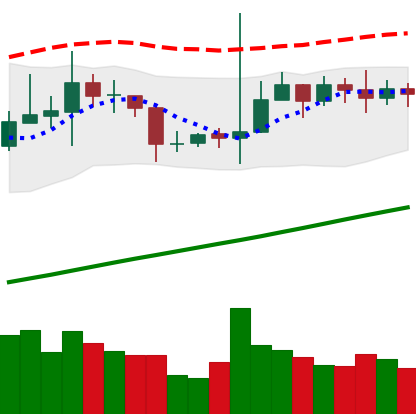
Ticker: TRX-USD
Chart end date: 2020-10-28
Forward return: -9.009%
Label: down_7plus